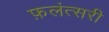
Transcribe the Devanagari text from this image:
फ़लंत्सरी